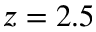
z = 2 . 5